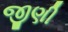
જીણી